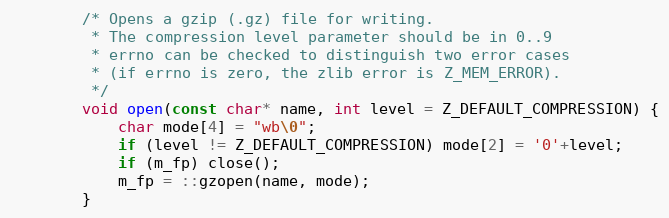
Language: C
        /* Opens a gzip (.gz) file for writing.
         * The compression level parameter should be in 0..9
         * errno can be checked to distinguish two error cases
         * (if errno is zero, the zlib error is Z_MEM_ERROR).
         */
        void open(const char* name, int level = Z_DEFAULT_COMPRESSION) {
            char mode[4] = "wb\0";
            if (level != Z_DEFAULT_COMPRESSION) mode[2] = '0'+level;
            if (m_fp) close();
            m_fp = ::gzopen(name, mode);
        }